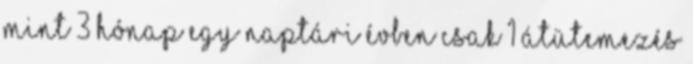
mint 3 hónap Egy naptári évben csak 1 átütemezés